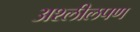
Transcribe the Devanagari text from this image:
अश्लीलपण